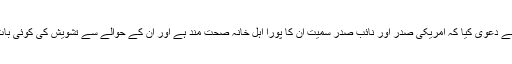
انہوں نے دعویٰ کیا کہ امریکی صدر اور نائب صدر سمیت ان کا پورا اہل خانہ صحت مند ہے اور ان کے حوالے سے تشویش کی کوئی بات نہیں۔